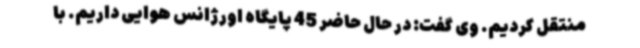
منتقل کردیم. وی گفت: در حال حاضر 45 پایگاه اورژانس هوایی داریم. با